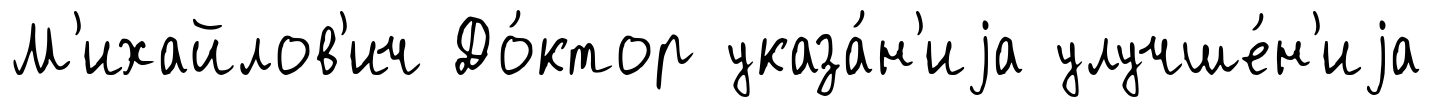
М'ихайлов'ич До́ктор указа́н'иjа улучше́н'иjа